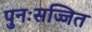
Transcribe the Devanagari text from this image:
पुनःसज्जित